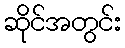
ဆိုင်အတွင်း